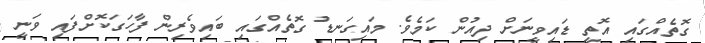
ގޮތެއްގައި އޮތީ ޑައިވީނަށް ދިއުން ކަމެވެ. މައިގަނޑު ގޮތެއްގައި ބައިވެރިން ފާހަގަކޮށްފައި ވަނީ